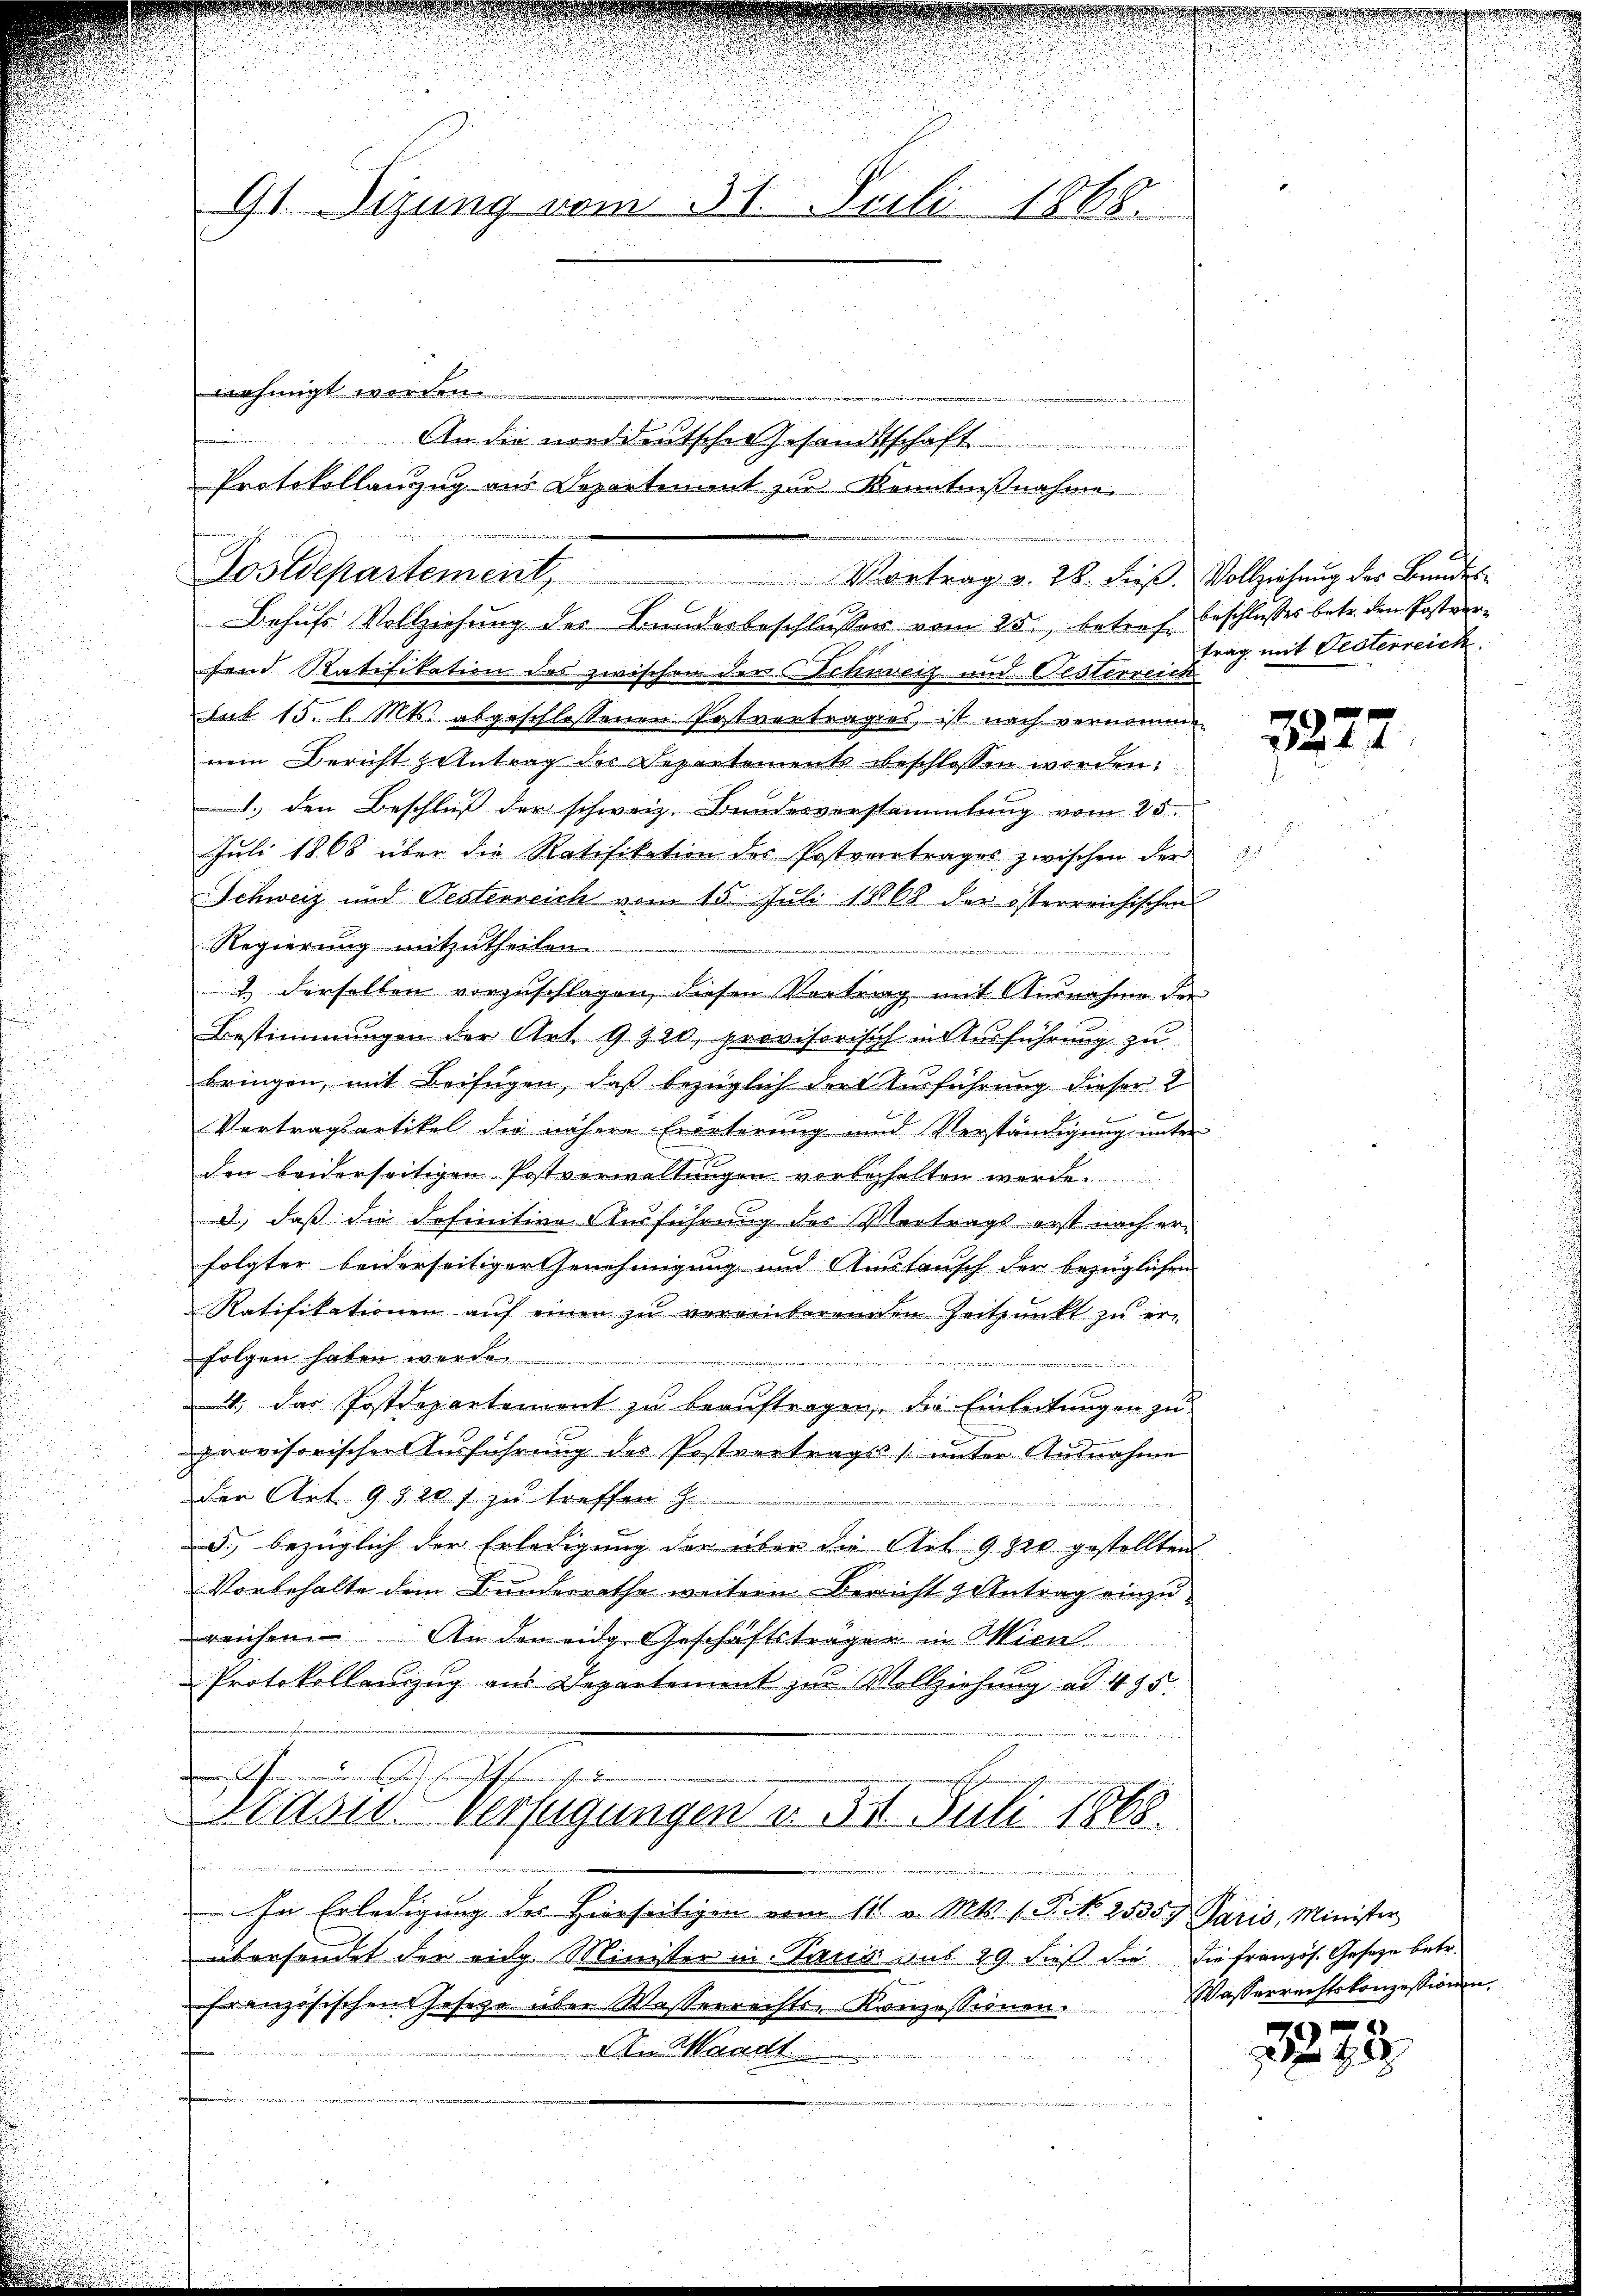
u
91. Sizung vom 31. Juli 1868.

Postdepartement,

Behufs Vollziehung des Bunderbeschlusser vom 25t, betref beschlosses betr. den Postversend Ratifikation des zwischen der Schuveiz und Festerreich
Sub 15. l. Mts. abgeschlossenen Patvertrages, ist nach vernommen
nem Bericht zentrag des Departements beschlossen werden.
1. den Beschluß der schweiz. Bundesverstammlung vom 25.
Juli 1868 über die Ratifikation des Postvertrages zwischen der
Schweiz und Oesterreich vom 15. Juli 18868 der österreichischen
Regierung mitzutheilen.
2.) Derselben vorzuschlagen, diesen Vortrag mit Ausnahme das
Bestimmungen der Art. 9920, provisorisch in Ausführung zu
bringen, mit Beifügen, daß bezüglich dort Ausführung dieser 2
Vertragsartikel die nähere Erdeterung und Verständigung unter
den beiderseitigen Postverwaltungen vorbehalten werde.
d.) dass die definitive Ausführung des Vertrags erst nach erfolgter beiderseitiger Genehmigung und Anstensch der bezüglichen
Ratifikationen aŭf einen zu vereinterenden Zeitpunkt zŭ er-
folgen haben werde.

t
4, das Postdepartement zu beauftragen, der Einleitungen zu
provisorischer Ausführung des Postvertrags unter Ausnahme
Der Art. 9520 f zu treffen
d., bezüglich der Erledigung der über die Art. 980 gestellten
Vorbehalte dem Bundesrathe weitern Bericht & Antrag einzureichen Anden eine Geschäftsträger in Wien
Protokollenzug aus Departement zur Vollziehung ad 485.
h den stehen ge
Aasis Verfügungen u. 321. Juli 1868.
e
In Erledigung des Hierseitigen vom 11. v. Mts. 1. P. N. 25357 Paris, Minister
übersendet der eidg. Minister in Treuis aus 29 dieß die die französ. Gesetze betr.
französischen Josezo über Wasserrechts-Kanzessionen.
An Mandt

nehmigt worden.

Protokollanzug aus Departement zur Kenntnißnahme.

An die norddeutschen Gesandtschaft

zenningen u
Vortrag v. 28. dieß. Vollziehung des Bundes¬

trag mit Festerreich

3277

Wasserrechtskonzessionen.

2273